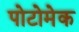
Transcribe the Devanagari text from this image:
पोटोमेक